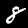
Digit: 8